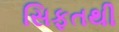
સિફતથી